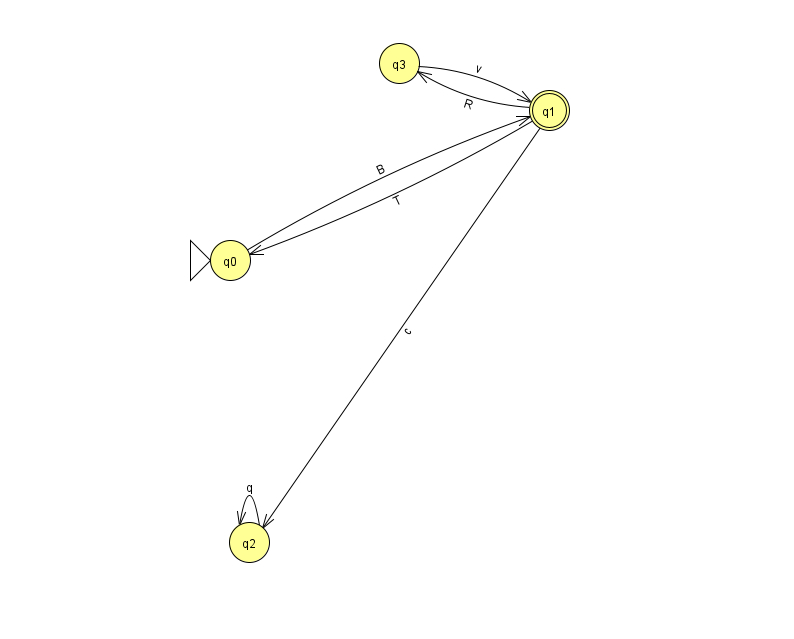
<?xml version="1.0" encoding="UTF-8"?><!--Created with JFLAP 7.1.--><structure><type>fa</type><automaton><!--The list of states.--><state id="0" name="q0"><x>230.0</x><y>247.0</y><initial/></state><state id="1" name="q1"><x>549.0</x><y>97.0</y><final/></state><state id="2" name="q2"><x>249.0</x><y>529.0</y></state><state id="3" name="q3"><x>399.0</x><y>50.0</y></state><!--The list of transitions.--><transition><from>2</from><to>2</to><read>q</read></transition><transition><from>0</from><to>1</to><read>B</read></transition><transition><from>1</from><to>0</to><read>T</read></transition><transition><from>3</from><to>1</to><read>v</read></transition><transition><from>1</from><to>2</to><read>c</read></transition><transition><from>1</from><to>3</to><read>R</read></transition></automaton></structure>